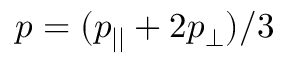
p = ( p _ { | | } + 2 p _ { \perp } ) / 3